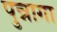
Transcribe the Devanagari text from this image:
पुन्नागा